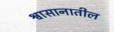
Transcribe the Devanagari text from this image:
श्वासानातील